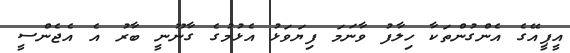
އީޕީއޭގެ އެންގުންތަކާ ހިލާފު ވާނަމަ ފިޔަވަޅު އެޅުމުގެ ގާނޫނީ ބާރު އެ އެޖެންސީ